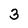
Character: 3